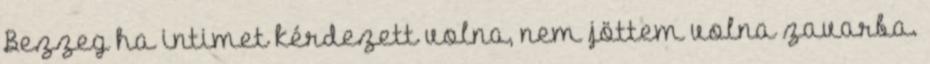
Bezzeg ha intimet kérdezett volna, nem jöttem volna zavarba.